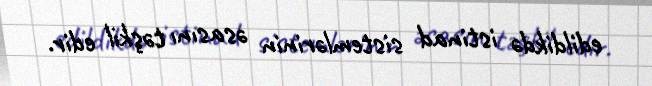
edildikdə istinad sistemlərinin əsasını təşkil edir.